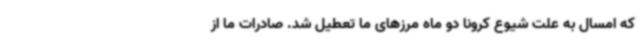
که امسال به علت شیوع کرونا دو ماه مرزهای ما تعطیل شد. صادرات ما از